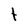
Character: t